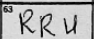
Transcription: RRU